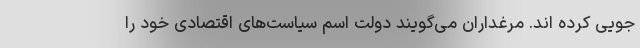
جویی کرده اند. مرغداران می‌گویند دولت اسم سیاست‌های اقتصادی خود را